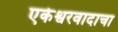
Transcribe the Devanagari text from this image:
एकेश्वरवादाचा